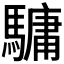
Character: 𩥻